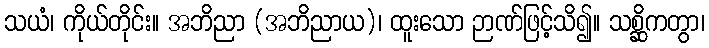
သယံ၊ ကိုယ်တိုင်း။ အဘိညာ (အဘိညာယ)၊ ထူးသော ဉာဏ်ဖြင့်သိ၍။ သစ္ဆိကတွာ၊